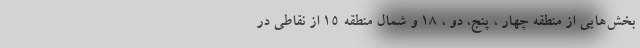
بخش‌هایی از منطقه چهار ، پنج، دو ، ۱۸ و شمال منطقه ۱۵ از نقاطی در